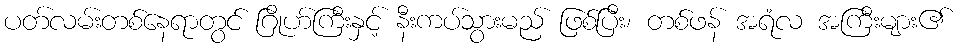
ပတ်လမ်းတစ်နေရာတွင် ဂြိုဟ်ကြီးနှင့် နီးကပ်သွားမည် ဖြစ်ပြီး၊ တစ်ဖန် အရံလ အကြီးများ၏